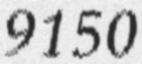
9150